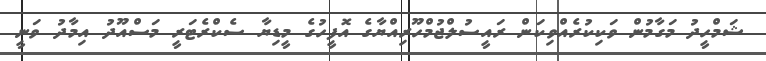
ޝަމްހީދު މަގާމުން ވަކިކުރެއްވިކަން ރައީސުލްޖުމްހޫރިއްޔާގެ އޮފީހުގެ މީޑިޔާ ސެކްރެޓަރީ މަސްއޫދު އިމާދު ވަނީ